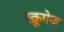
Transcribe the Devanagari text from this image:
स्क्रूगेज